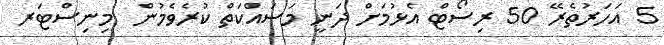
5 އަހަރުތެރޭ 50 ރިސޯޓް އެޅުމަށް ދަނީ މަސައްކަތް ކުރެވެމުން  މިނިސްޓަރ